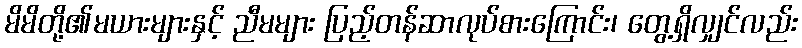
မိမိတို့၏မယားများနှင့် ညီမများ ပြည့်တန်ဆာလုပ်စားကြောင်း၊ တွေ့ရှိလျှင်လည်း